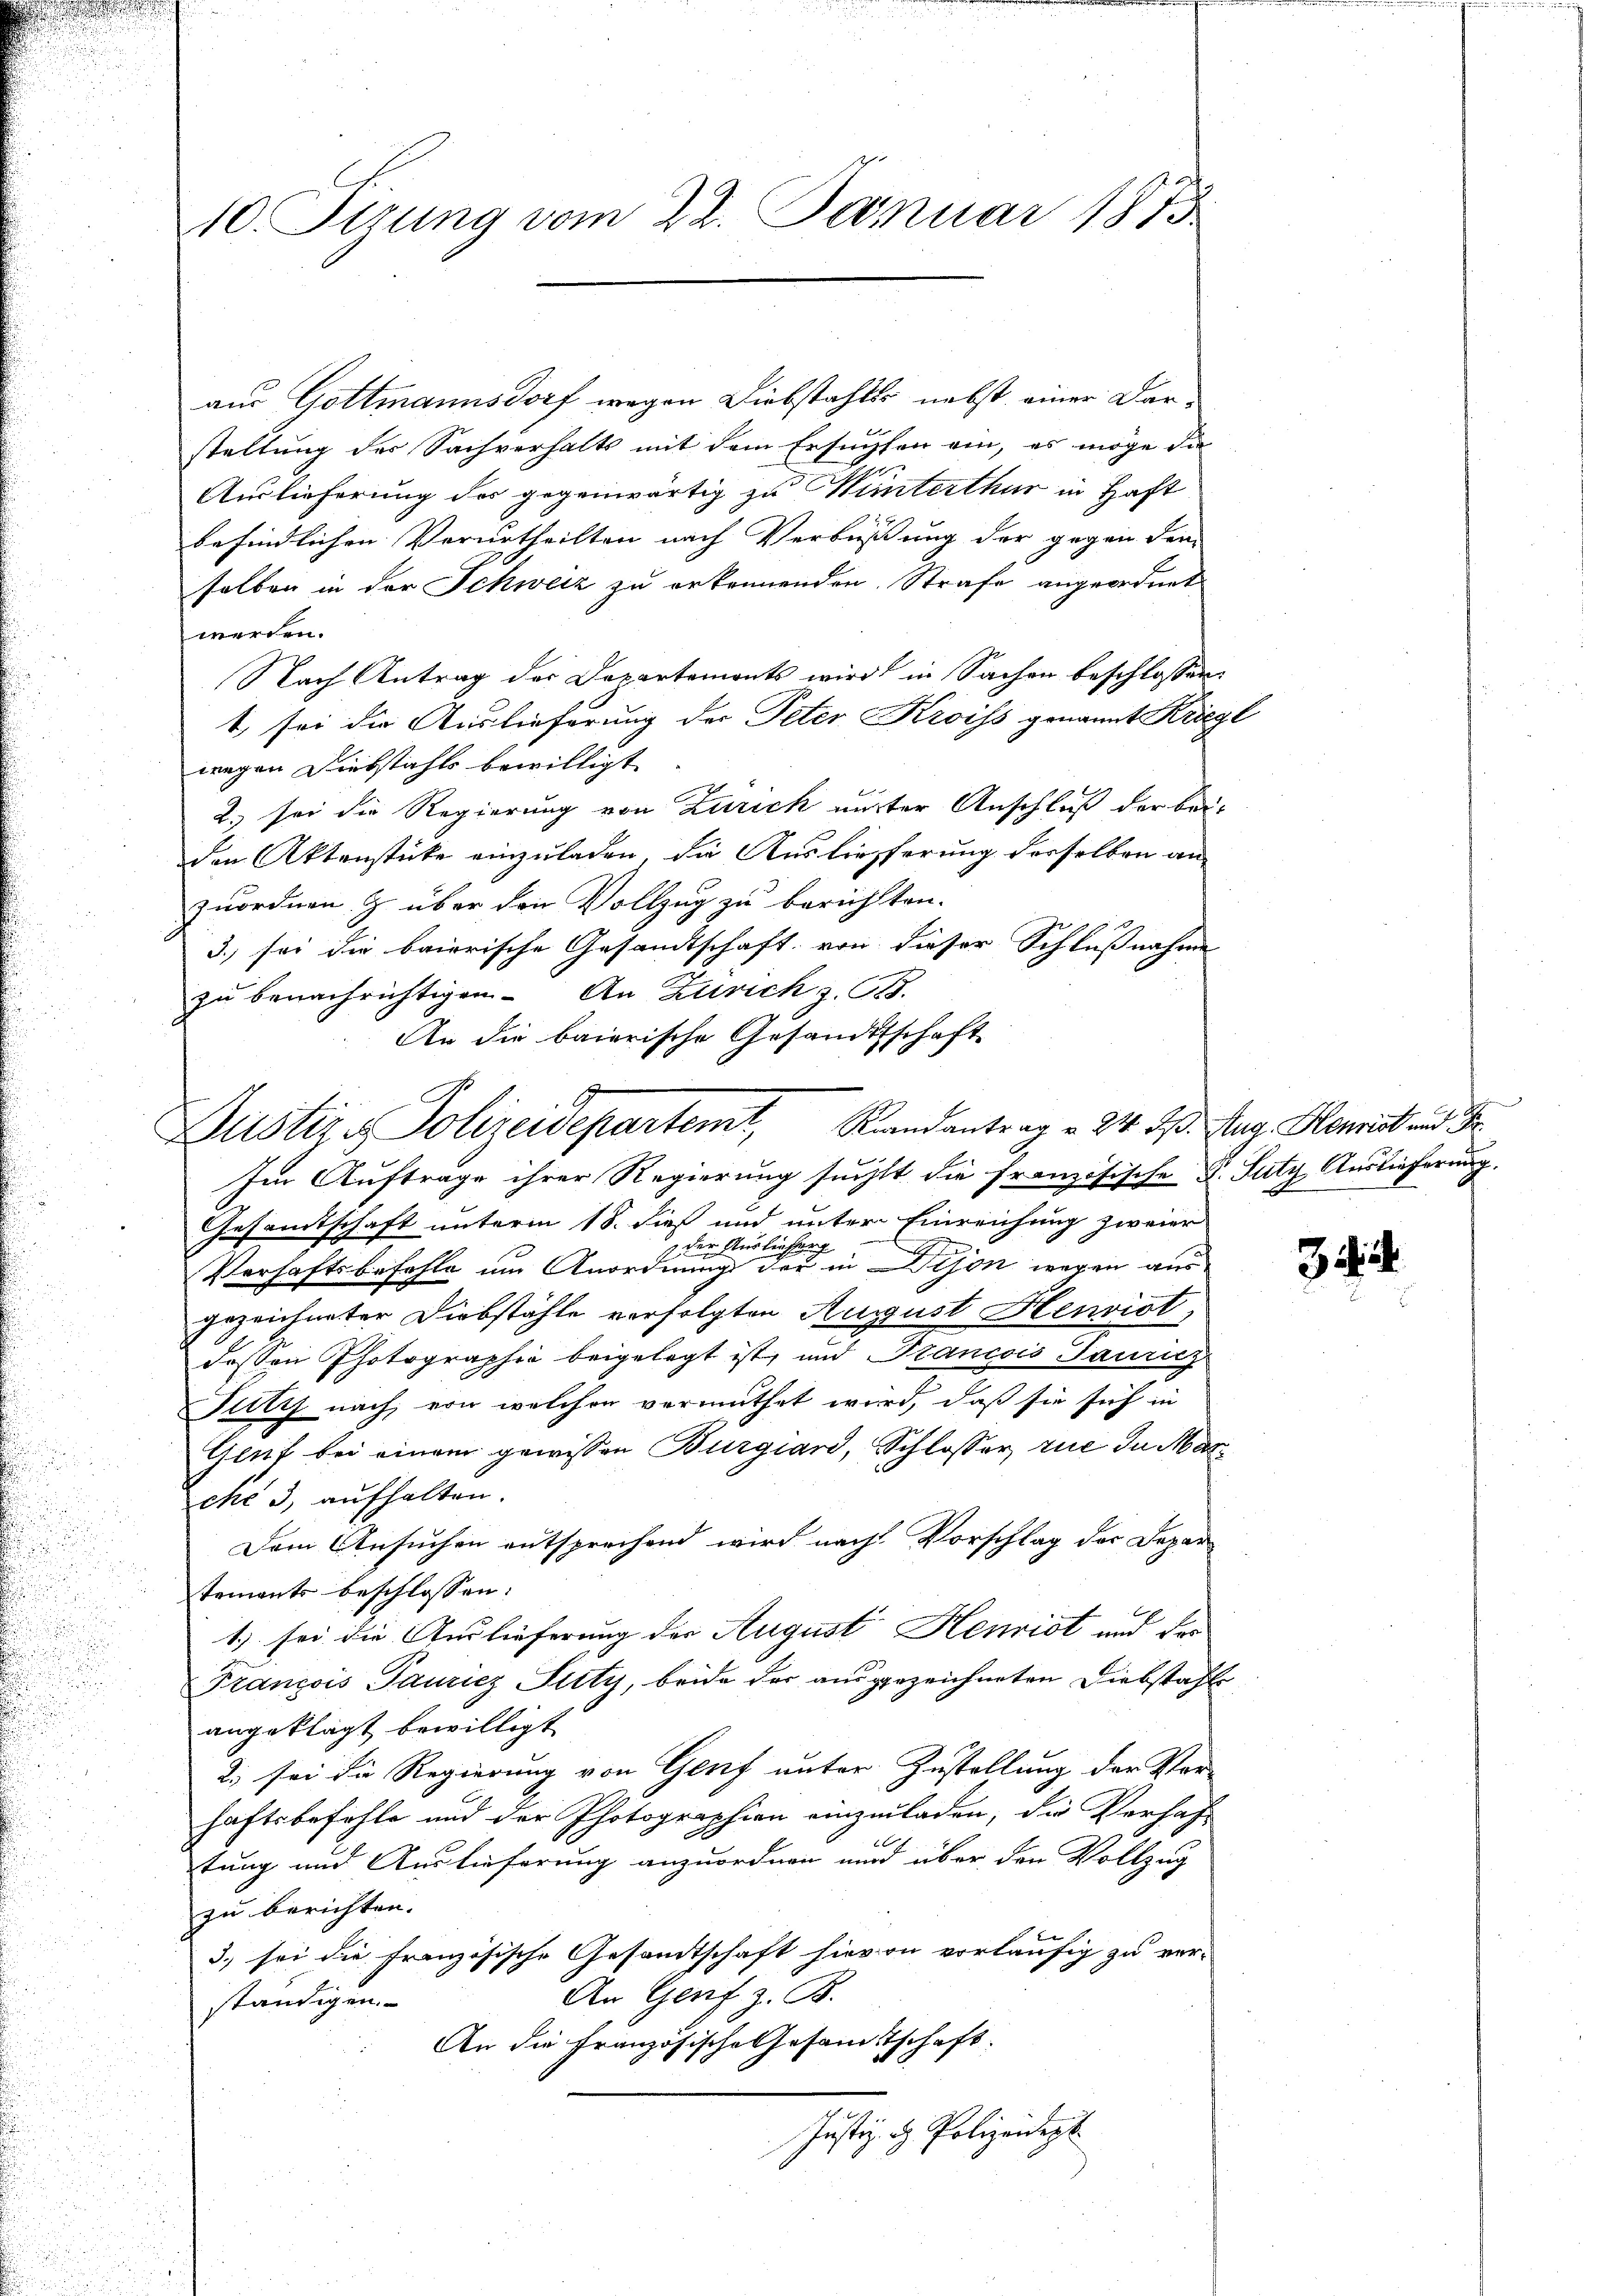
10. Sizung vom 22. Januar 1815

aus Gottmannsdorf wegen Diebstahles nebst einer Darstellung der Sachverhalts mit dem Ersuchten ein, es möge die
Auslieferung des gegenwärtig zu Winterthur in Haft
befindlichen Verurtheilten nach Verbüßung der gegen dem
selben in der Schweiz zu erkennenden Strafe angeordnet
werden.
Nach Antrag der Departemonts wird in Sachen beschlossen:
t, sei die Auslieferung der Peter Kroiss genannt Kriegl
wegen Diebstahls bewilligt. |
2.) sei die Regierung von Zürich auster Anschluß der bei-
den Aktenstücke einzuladen, die Auslieferung derselben an
zuordnen. Z. über den Vollzug zu berichtten.
3.) sei die baierische Gesandtschaft, von dieser Schlußnahme
zu benachrichtigen. An Zürich z. 618.
An die baierische Gesandtschaft

Justiz & Polizeidepartemt, Randantrag 24. d. Aug. Blenist und Fr

Im Auftrage ihrer Regierung suchtt die französische F. Sutz Auslieferung.
Gesandtschaft unterm 18. dieß und unter Einreichung zweier
u
der Ausliesse
Verhaftsbefehle um Anordnung der in Dison wegen aus
gezeichneter Diebstähle verfolgten August Henvist,
dessen Photographie beigelegt ist, und Francois Sauricz
July nach, von welchen vermuthet wird, daß sie sich in
Genf bei einem gewissen Burgiari, Schlosser zue in Marché 3, aufhalten.
Dem Ansuchen entsprechend wird nach Vorschlag der Departements beschlossen:
1.) sei die Auslieferung der August Henriot und der
François Pauricz Juty, beide der ausgezeichneten Diebstahls
angeklagt bewilligt
2) sei die Regierung von Genf unter Zustellung der Vor-
haftsbefehle und der Photographien einzuladen, die Verhaf-
tung und Auslieferung anzuordnen und über den Vollzug
zu berichten.
e
3) sei die Französische Gesandtschaft hievon vorläufig zu ver-
An Genf z. B.
ständigen
An die Französische Gesamtschaft.
Justiz- & Polizeidigt

344.